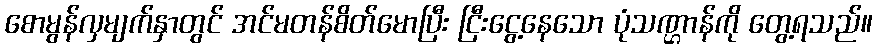
စောမွန်လှမျက်နှာတွင် အင်မတန်စိတ်မောပြီး ငြီးငွေ့နေသော ပုံသဏ္ဌာန်ကို တွေ့ရသည်။